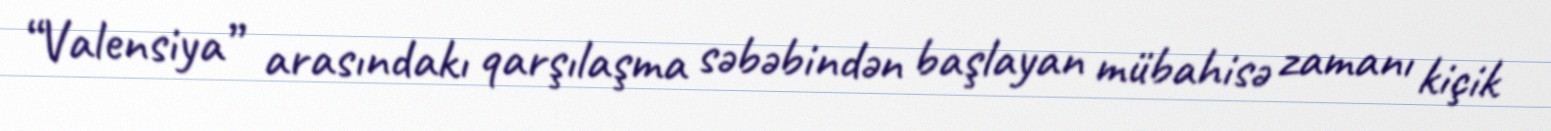
“Valensiya” arasındakı qarşılaşma səbəbindən başlayan mübahisə zamanı kiçik